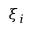
\xi _ { i }